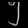
Digit: ၅